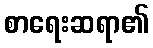
စာရေးဆရာ၏